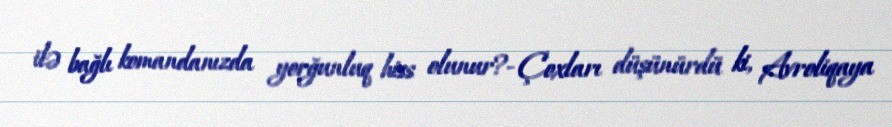
ilə bağlı komandanızda yorğunluq hiss olunur?- Çoxları düşünürdü ki, Avroliqaya